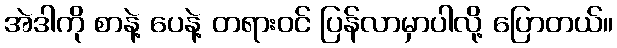
အဲဒါကို စာနဲ့ ပေနဲ့ တရားဝင် ပြန်လာမှာပါလို့ ပြောတယ်။